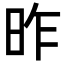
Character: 昨